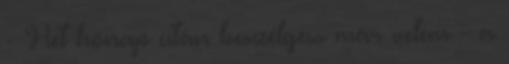
- Hét hónap után beszélgess már velem - a